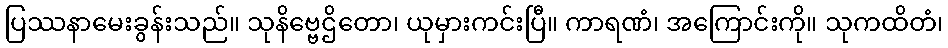
ပြဿနာမေးခွန်းသည်။ သုနိဗ္ဗေဌိတော၊ ယုမှားကင်းပြီ။ ကာရဏံ၊ အကြောင်းကို။ သုကထိတံ၊